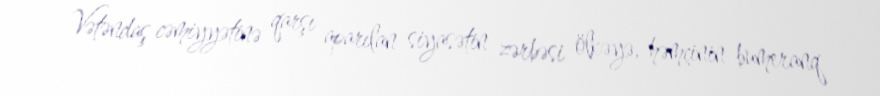
Vətəndaş cəmiyyətinə qarşı aparılan siyasətin zərbəsi ölkəyə, həmçinin bumeranq